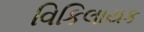
વિકિલાયક